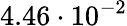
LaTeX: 4.46\cdot 10^{-2}